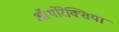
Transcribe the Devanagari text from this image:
ऑर्थोरेक्सिया